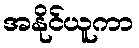
အနိုင်ယူကာ